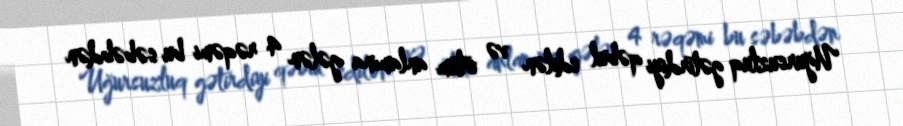
Uğursuzluq gətirdiyi qəbul edilən və ölüm anlamına gələn 4 rəqəmi bu səbəbdən